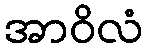
အာဝိလံ